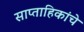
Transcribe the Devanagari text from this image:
साप्ताहिकांचे